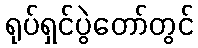
ရုပ်ရှင်ပွဲတော်တွင်